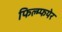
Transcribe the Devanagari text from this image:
फिल्म्फयेर